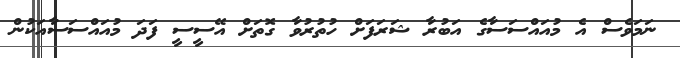
ނަމަވެސް އެ މުއައްސަސާގެ އަބުރާ ޝަރަފަށް ހުތުރުވާ ގޮތަށް އޭސީސީ ފަދަ މުއައްސަސާއަކުން